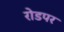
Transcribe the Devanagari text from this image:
रोडपर